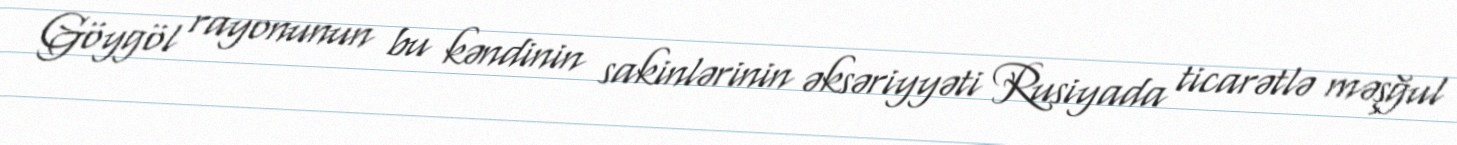
Göygöl rayonunun bu kəndinin sakinlərinin əksəriyyəti Rusiyada ticarətlə məşğul